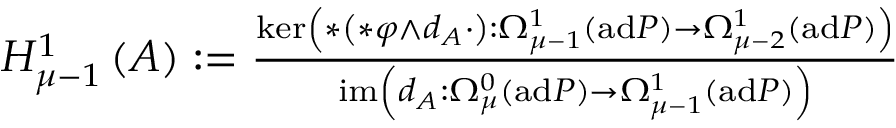
\begin{array} { r } { H _ { \mu - 1 } ^ { 1 } \left( A \right) : = \frac { \ker \left( * \left( * \varphi \wedge d _ { A } \cdot \right) : \Omega _ { \mu - 1 } ^ { 1 } \left( \mathrm { a d } P \right) \rightarrow \Omega _ { \mu - 2 } ^ { 1 } \left( \mathrm { a d } P \right) \right) } { \mathrm { i m } \left( d _ { A } : \Omega _ { \mu } ^ { 0 } \left( \mathrm { a d } P \right) \rightarrow \Omega _ { \mu - 1 } ^ { 1 } \left( \mathrm { a d } P \right) \right) } } \end{array}